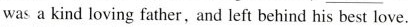
was a kind loving father, and left behind his best love.